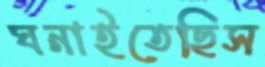
ঘনাইতেছিস